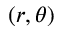
( r , \theta )